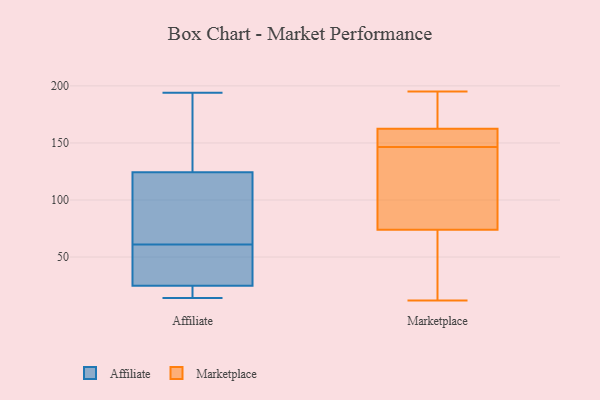
{"axis": {"x": "Latency (ms)", "y": "Value"}, "legend": ["Affiliate", "Marketplace"], "data": [{"x": "", "y": 24, "type": "Affiliate"}, {"x": "", "y": 31, "type": "Affiliate"}, {"x": "", "y": 188, "type": "Affiliate"}, {"x": "", "y": 18, "type": "Affiliate"}, {"x": "", "y": 82, "type": "Affiliate"}, {"x": "", "y": 61, "type": "Affiliate"}, {"x": "", "y": 128, "type": "Affiliate"}, {"x": "", "y": 113, "type": "Affiliate"}, {"x": "", "y": 27, "type": "Affiliate"}, {"x": "", "y": 59, "type": "Affiliate"}, {"x": "", "y": 194, "type": "Affiliate"}, {"x": "", "y": 22, "type": "Affiliate"}, {"x": "", "y": 75, "type": "Affiliate"}, {"x": "", "y": 14, "type": "Affiliate"}, {"x": "", "y": 154, "type": "Affiliate"}, {"x": "", "y": 131, "type": "Marketplace"}, {"x": "", "y": 156, "type": "Marketplace"}, {"x": "", "y": 154, "type": "Marketplace"}, {"x": "", "y": 159, "type": "Marketplace"}, {"x": "", "y": 119, "type": "Marketplace"}, {"x": "", "y": 90, "type": "Marketplace"}, {"x": "", "y": 139, "type": "Marketplace"}, {"x": "", "y": 17, "type": "Marketplace"}, {"x": "", "y": 193, "type": "Marketplace"}, {"x": "", "y": 58, "type": "Marketplace"}, {"x": "", "y": 195, "type": "Marketplace"}, {"x": "", "y": 57, "type": "Marketplace"}, {"x": "", "y": 184, "type": "Marketplace"}, {"x": "", "y": 163, "type": "Marketplace"}, {"x": "", "y": 162, "type": "Marketplace"}, {"x": "", "y": 12, "type": "Marketplace"}]}